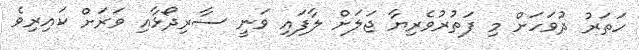
ހަތަރު ދުވަހަށް މި ފަތުރުވެރިޔާ ޖަލަށް ލާފައި ވަނީ ސާރިދޯޅާއި ވަރަށް ކައިރިވެ